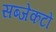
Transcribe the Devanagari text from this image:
सब्जेकटों